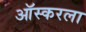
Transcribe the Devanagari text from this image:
ऑस्करला